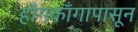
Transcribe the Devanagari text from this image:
हाँगकाँगापासून